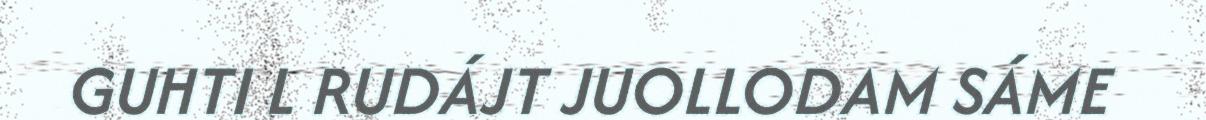
GUHTI L RUDÁJT JUOLLODAM SÁME